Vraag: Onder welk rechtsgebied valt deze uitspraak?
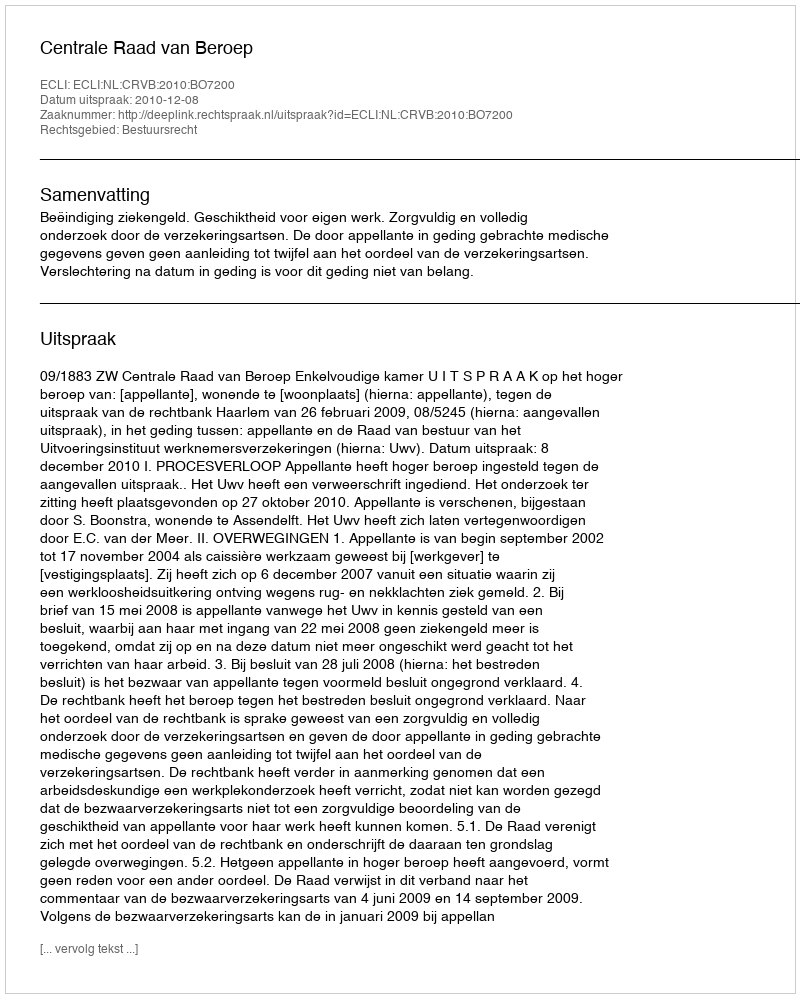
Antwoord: Bestuursrecht